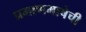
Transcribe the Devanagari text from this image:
प्रमाणभाषेची